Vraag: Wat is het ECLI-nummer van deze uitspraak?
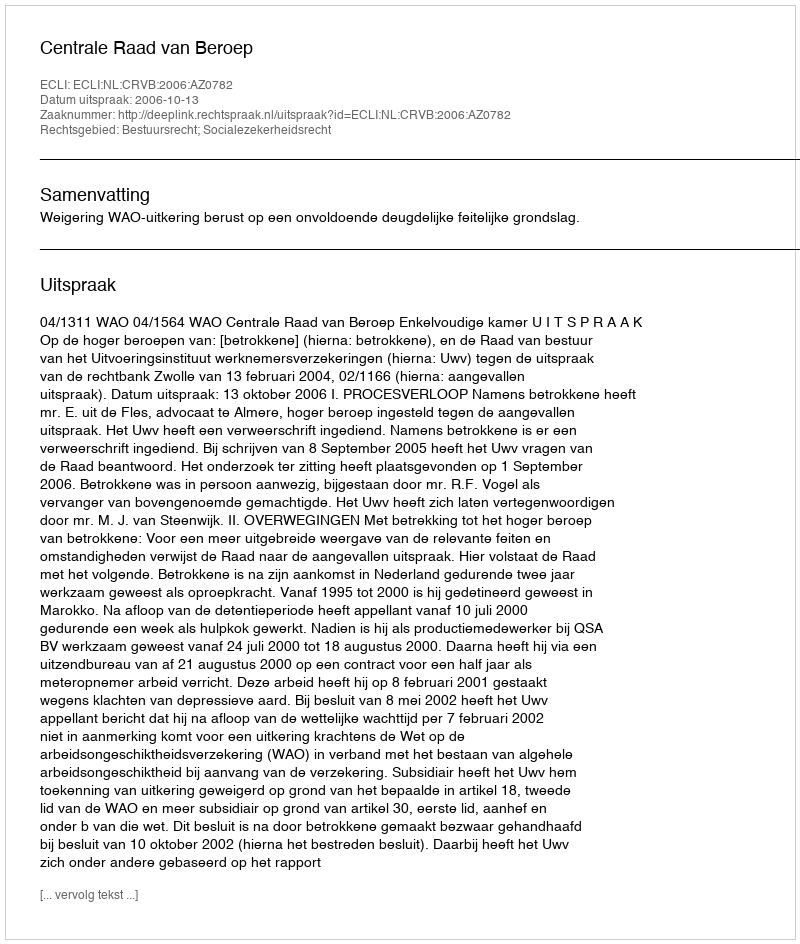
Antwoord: ECLI:NL:CRVB:2006:AZ0782